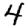
Digit: 4